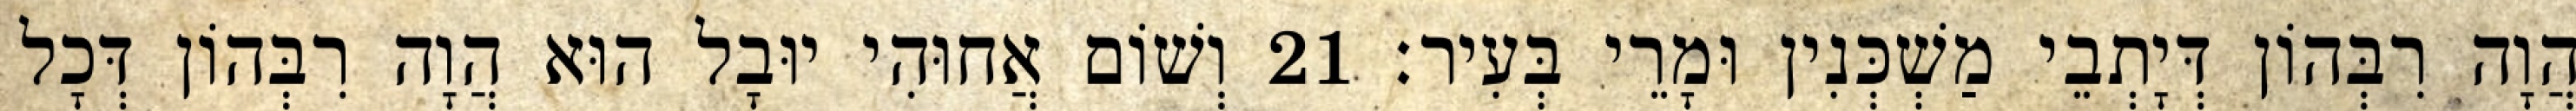
הֲוָה רִבְּהוֹן דְּיָתְבֵי מַשְׁכְּנִין וּמָרֵי בְּעִיר׃ 21 וְשׁוֹם אֲחוּהִי יוּבָל הוּא הֲוָה רִבְּהוֹן דְּכָל